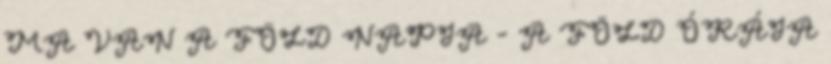
MA VAN A FÖLD NAPJA - A FÖLD ÓRÁJA